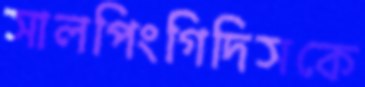
সালপিংগিদিসকে